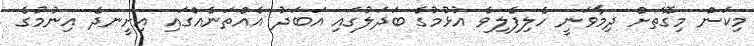
މިކަން މިގޮތަށް ދިމާވަނީ ހެލިފެލިވެ އުޅުމުގެ ބަދަލުގައި އަބަދު އެއްތަނެއްގައި އިށީނދެ އިނުމުގެ